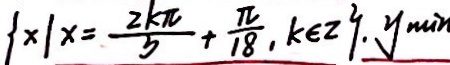
\{ x \vert x = \frac { 2 k \pi } { 5 } + \frac { \pi } { 1 8 } , k \in z \} . y _ { m i n }